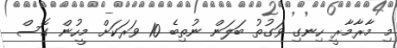
މި މާރާމާރީ ހިނގި ވަގުތު ބަލަން ނުތިބެ 10 ވަރަކަށް މީހުން ގޮސް